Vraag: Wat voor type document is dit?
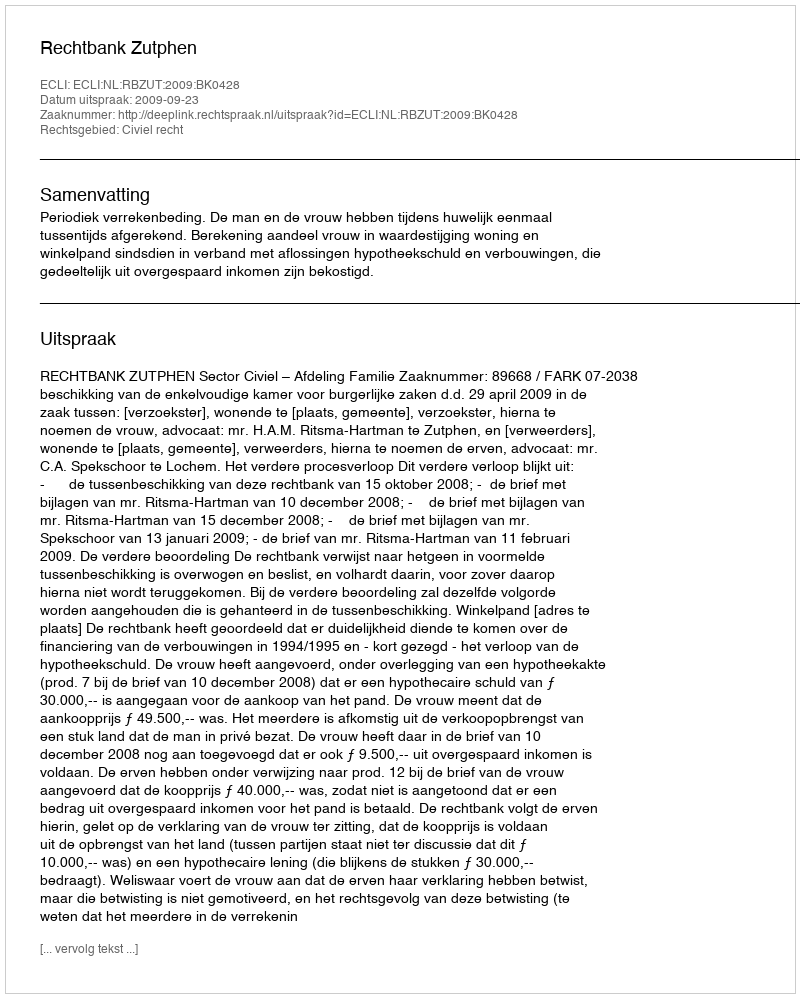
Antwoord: Uitspraak